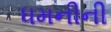
ધમનીની